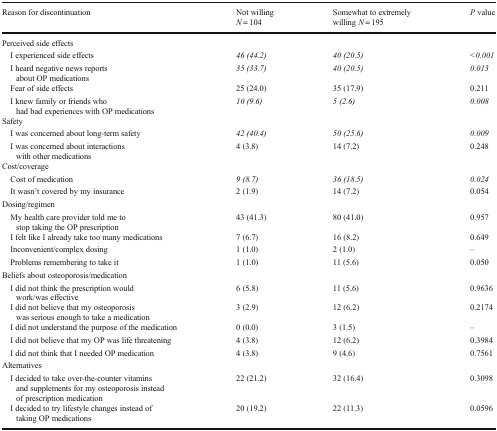
<table><thead><tr><td><b>Reason for discontinuation</b></td><td><b>Not willing <i>N</i> = 104</b></td><td><b>Somewhat to extremely willing <i>N</i> = 195</b></td><td><b><i>P</i> value</b></td></tr></thead><tbody><tr><td colspan="4">Perceived side effects</td></tr><tr><td> I experienced side effects</td><td><i>46 (44.2)</i></td><td><i>40 (20.5)</i></td><td><i>&lt;0.001</i></td></tr><tr><td> I heard negative news reports about OP medications</td><td><i>35 (33.7)</i></td><td><i>40 (20.5)</i></td><td><i>0.013</i></td></tr><tr><td> Fear of side effects</td><td>25 (24.0)</td><td>35 (17.9)</td><td>0.211</td></tr><tr><td> I knew family or friends who had bad experiences with OP medications</td><td><i>10 (9.6)</i></td><td><i>5 (2.6)</i></td><td><i>0.008</i></td></tr><tr><td colspan="4">Safety</td></tr><tr><td> I was concerned about long-term safety</td><td><i>42 (40.4)</i></td><td><i>50 (25.6)</i></td><td><i>0.009</i></td></tr><tr><td> I was concerned about interactions with other medications</td><td>4 (3.8)</td><td>14 (7.2)</td><td>0.248</td></tr><tr><td colspan="4">Cost/coverage</td></tr><tr><td> Cost of medication</td><td><i>9 (8.7)</i></td><td><i>36 (18.5)</i></td><td><i>0.024</i></td></tr><tr><td> It wasn’t covered by my insurance</td><td>2 (1.9)</td><td>14 (7.2)</td><td>0.054</td></tr><tr><td colspan="4">Dosing/regimen</td></tr><tr><td> My health care provider told me to stop taking the OP prescription</td><td>43 (41.3)</td><td>80 (41.0)</td><td>0.957</td></tr><tr><td> I felt like I already take too many medications</td><td>7 (6.7)</td><td>16 (8.2)</td><td>0.649</td></tr><tr><td> Inconvenient/complex dosing</td><td>1 (1.0)</td><td>2 (1.0)</td><td>–</td></tr><tr><td> Problems remembering to take it</td><td>1 (1.0)</td><td>11 (5.6)</td><td>0.050</td></tr><tr><td colspan="4">Beliefs about osteoporosis/medication</td></tr><tr><td> I did not think the prescription would work/was effective</td><td>6 (5.8)</td><td>11 (5.6)</td><td>0.9636</td></tr><tr><td> I did not believe that my osteoporosis was serious enough to take a medication</td><td>3 (2.9)</td><td>12 (6.2)</td><td>0.2174</td></tr><tr><td> I did not understand the purpose of the medication</td><td>0 (0.0)</td><td>3 (1.5)</td><td>–</td></tr><tr><td> I did not believe that my OP was life threatening</td><td>4 (3.8)</td><td>12 (6.2)</td><td>0.3984</td></tr><tr><td> I did not think that I needed OP medication</td><td>4 (3.8)</td><td>9 (4.6)</td><td>0.7561</td></tr><tr><td colspan="4">Alternatives</td></tr><tr><td> I decided to take over-the-counter vitamins and supplements for my osteoporosis instead of prescription medication</td><td>22 (21.2)</td><td>32 (16.4)</td><td>0.3098</td></tr><tr><td> I decided to try lifestyle changes instead of taking OP medications</td><td>20 (19.2)</td><td>22 (11.3)</td><td>0.0596</td></tr></tbody></table>